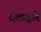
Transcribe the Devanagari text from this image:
दलाद्वारे